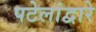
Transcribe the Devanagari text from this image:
पटेलांद्वारे